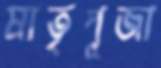
মাতৃপূজা